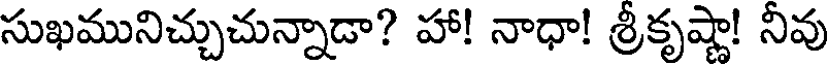
సుఖమునిచ్చుచున్నాడా? హా! నాధా! శ్రీకృష్ణా! నీవు